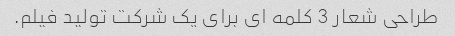
طراحی شعار 3 کلمه ای برای یک شرکت تولید فیلم.